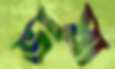
ভাষা